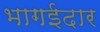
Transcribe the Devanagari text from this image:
भागईदार